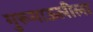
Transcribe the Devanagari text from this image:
गुरूमाऊलीला